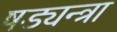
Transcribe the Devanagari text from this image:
षड्यन्त्रा